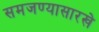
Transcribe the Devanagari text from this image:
समजण्यासारखे